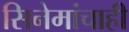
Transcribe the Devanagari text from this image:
सिनेमांचाही